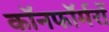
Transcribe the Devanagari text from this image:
कॉनफॉर्मरों